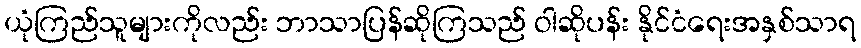
ယုံကြည်သူများကိုလည်း ဘာသာပြန်ဆိုကြသည် ဝါဆိုပန်း နိုင်ငံရေးအနှစ်သာရ